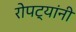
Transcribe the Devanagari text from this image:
रोपट्यांनी